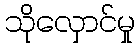
သိုလှောင်မှု